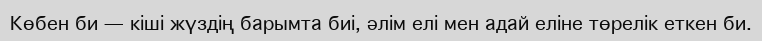
Көбен би — кіші жүздің барымта биі, әлім елі мен адай еліне төрелік еткен би.